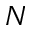
N